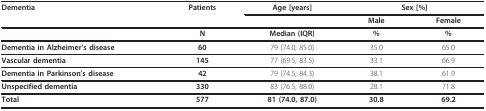
<table><thead><tr><td><b>Dementia</b></td><td><b>Patients</b></td><td><b>Age [years]</b></td><td colspan="2"><b>Sex [%]</b></td></tr><tr><td></td><td></td><td></td><td><b>Male</b></td><td><b>Female</b></td></tr></thead><tbody><tr><td></td><td><b>N</b></td><td><b>Median (IQR)</b></td><td><b>%</b></td><td><b>%</b></td></tr><tr><td><b>Dementia in Alzheimer&#x27;s disease</b></td><td><b>60</b></td><td>79 (74.0; 85.0)</td><td>35.0</td><td>65.0</td></tr><tr><td><b>Vascular dementia</b></td><td><b>145</b></td><td>77 (69.5; 83.5)</td><td>33.1</td><td>66.9</td></tr><tr><td><b>Dementia in Parkinson&#x27;s disease</b></td><td><b>42</b></td><td>79 (74.5; 84.3)</td><td>38.1</td><td>61.9</td></tr><tr><td><b>Unspecified dementia</b></td><td><b>330</b></td><td>83 (76.5; 88.0)</td><td>28.1</td><td>71.8</td></tr><tr><td><b>Total</b></td><td><b>577</b></td><td><b>81 (74.0, 87.0)</b></td><td><b>30.8</b></td><td><b>69.2</b></td></tr></tbody></table>